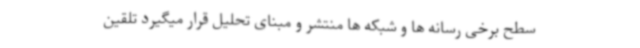
سطح برخی رسانه ها و شبکه ها منتشر و مبنای تحلیل قرار میگیرد تلقین